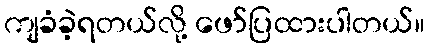
ကျခံခဲ့ရတယ်လို့ ဖော်ပြထားပါတယ်။